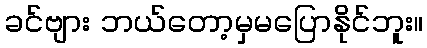
ခင်ဗျား ဘယ်တော့မှမပြောနိုင်ဘူး။